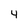
Character: 4